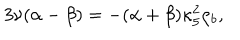
3 \nu ( \alpha - \beta ) = - ( \alpha + \beta ) \kappa _ { 5 } ^ { 2 } \rho _ { b } ,